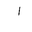
Letter: _alif